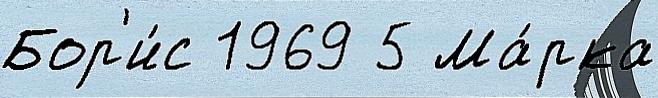
Бор'и́с 1969 5 Ма́рка